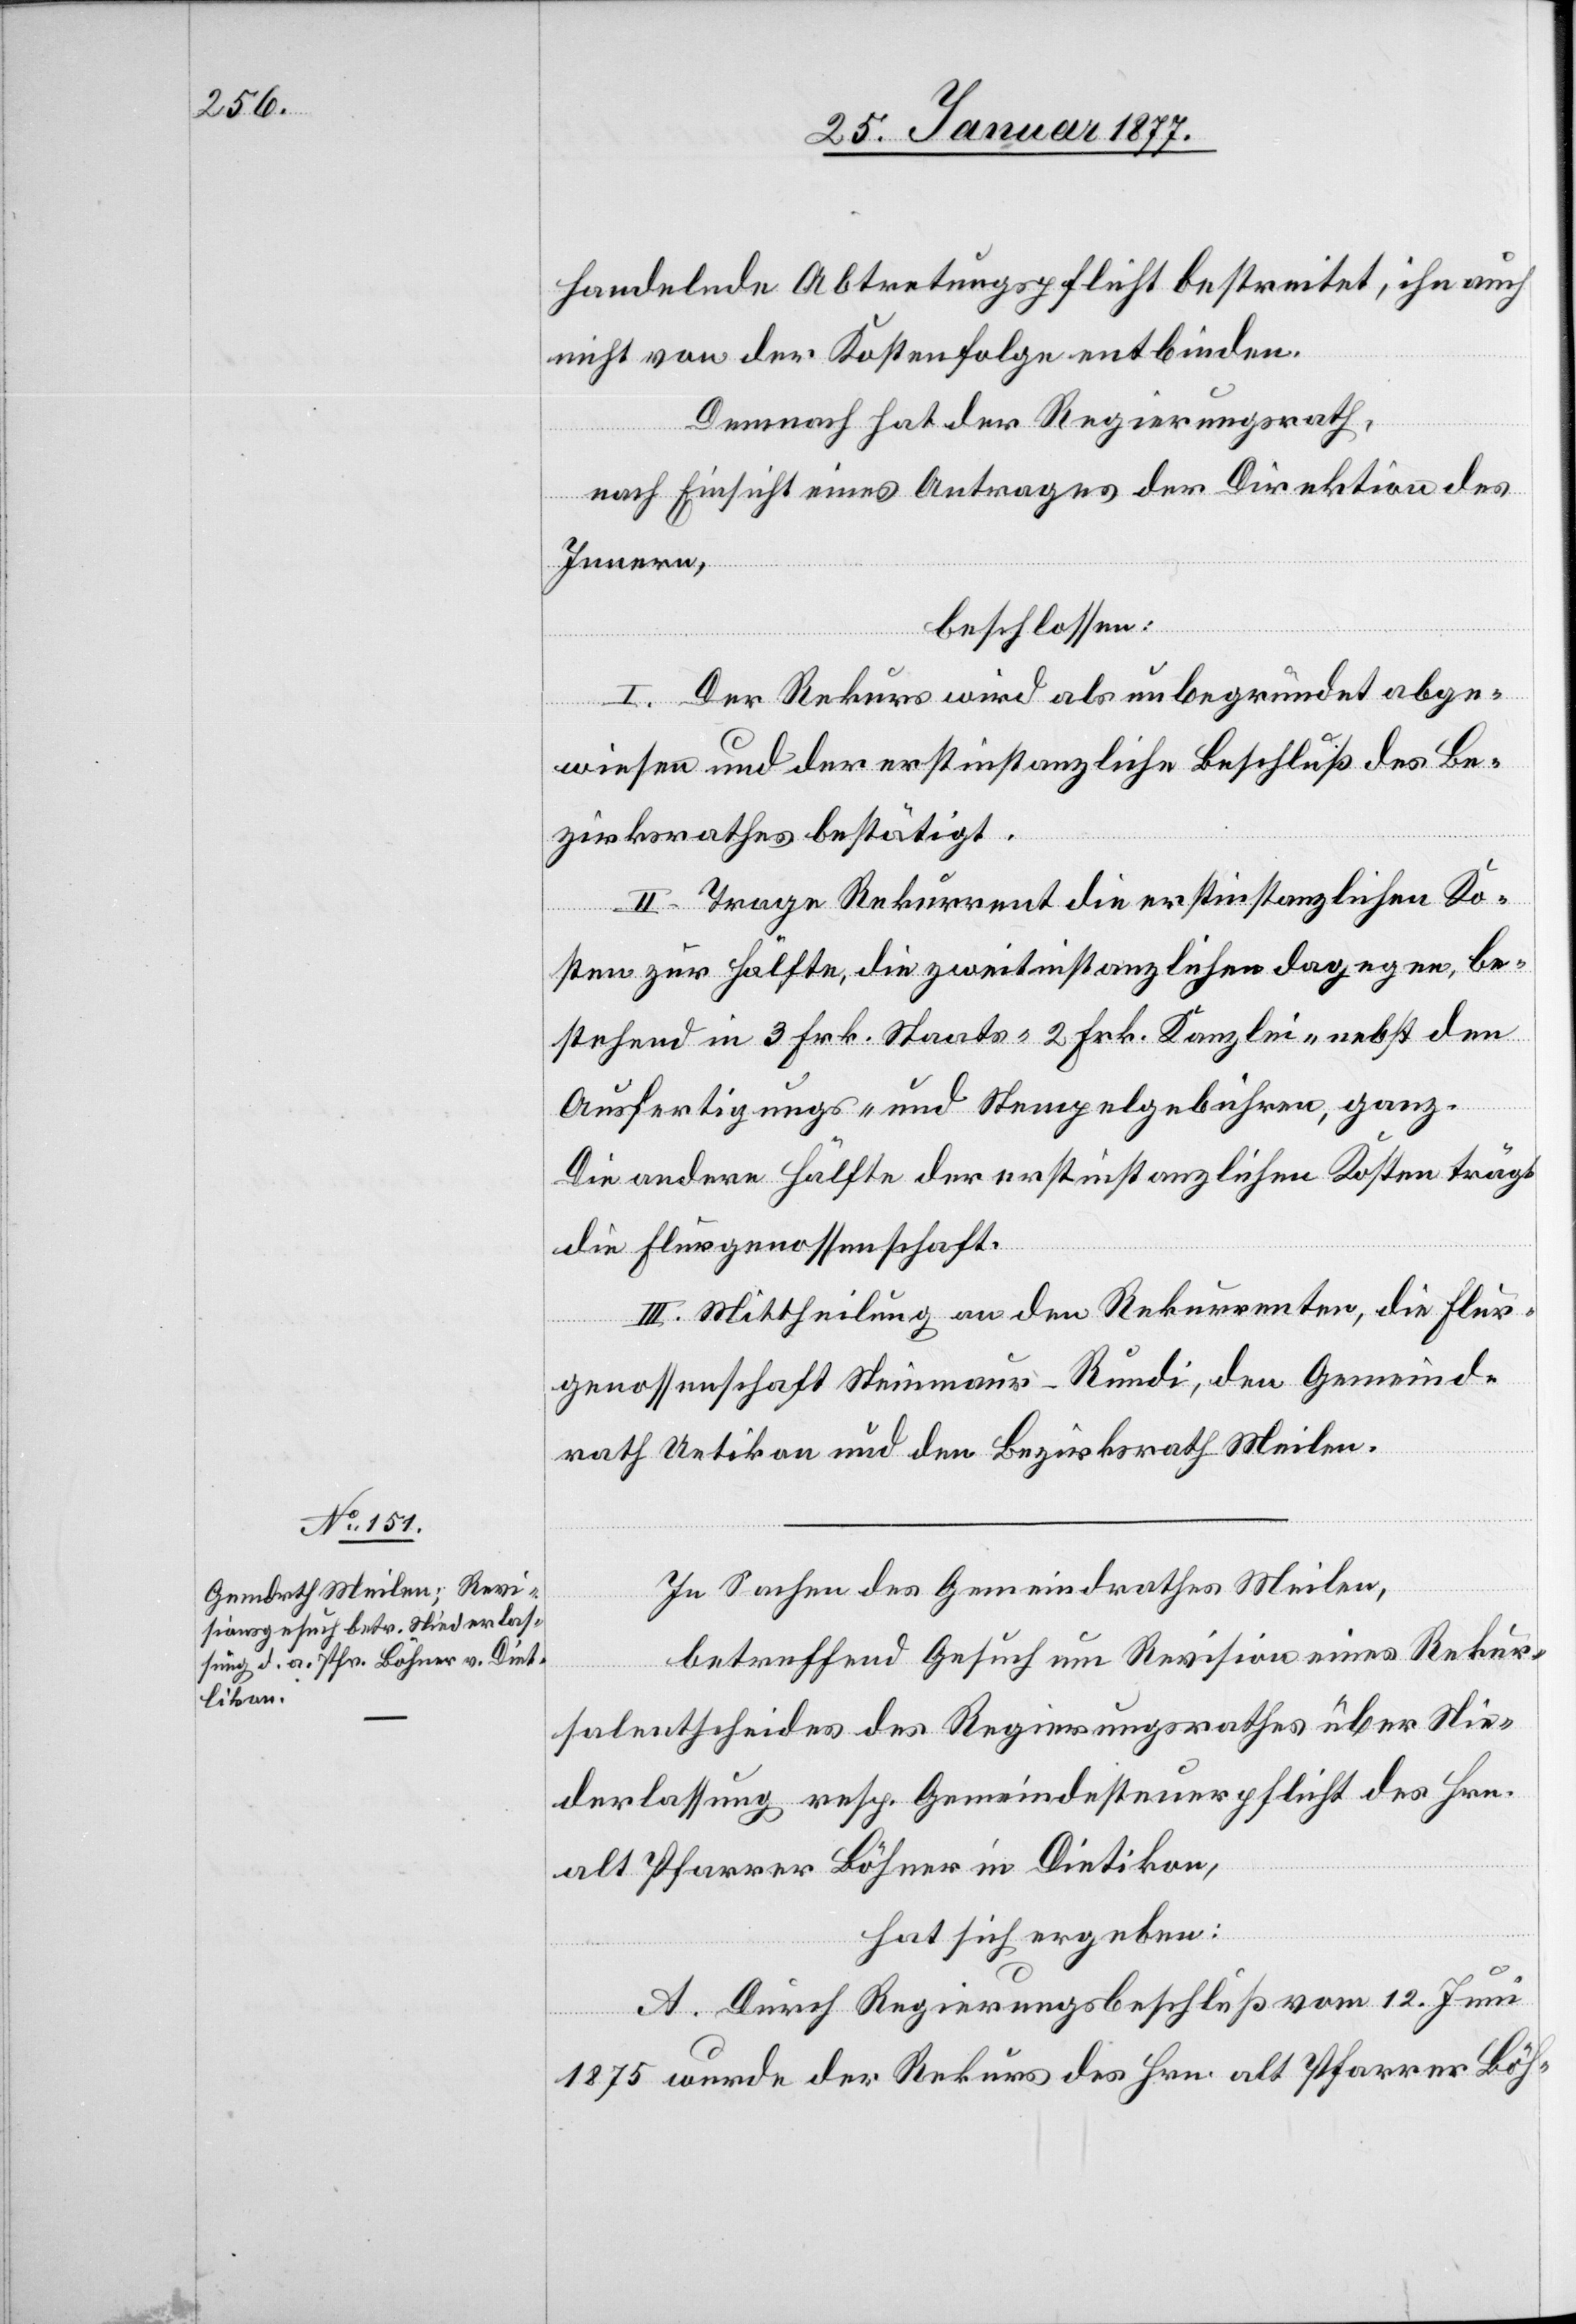
handelnde Abtretungspflicht bestreitet, ihn auch
nicht von der Kostenfolge entbinden.
Demnach hat der Regierungsrath,
nach Einsicht eines Antrages der Direktion des
Innern,
beschlossen:
I. Der Rekurs wird als unbegründet abge¬
wiesen und der erstinstanzliche Beschluß des Be¬
zirksrathes bestätigt.
II. Trage Rekurrent die erstinstanzlichen Ko¬
sten zur Hälfte, die zweitinstanzlichen dagegen, be¬
stehend in 3 Frk. Staats-[,] 2 Frk. Kanzlei- nebst den
Ausfertigungs- und Stempelgebühren, ganz.
Die andere Hälfte der erstinstanzlichen Kosten trägt
die Flurgenossenschaft.
III. Mittheilung an den Rekurrenten, die Flur¬
genossenschaft Steinmaur–Rundi, den Gemeind¬
rath Uetikon und den Bezirksrath Meilen.
In Sachen des Gemeindrathes Meilen,
betreffend Gesuch um Revision eines Rekur¬
salentscheides des Regierungsrathes über Nie¬
derlassung resp. Gemeindesteuerpflicht des Hrn.
alt Pfarrer Böhner in Diet[l]ikon,
hat sich ergeben:
A. Durch Regierungsbeschluß vom 12. Juni
1875 wurde der Rekurs des Hrn. alt Pfarrer Böh-